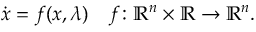
{ \dot { x } } = f ( x , \lambda ) \quad f \colon \mathbb { R } ^ { n } \times \mathbb { R } \rightarrow \mathbb { R } ^ { n } .